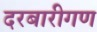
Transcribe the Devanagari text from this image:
दरबारीगण